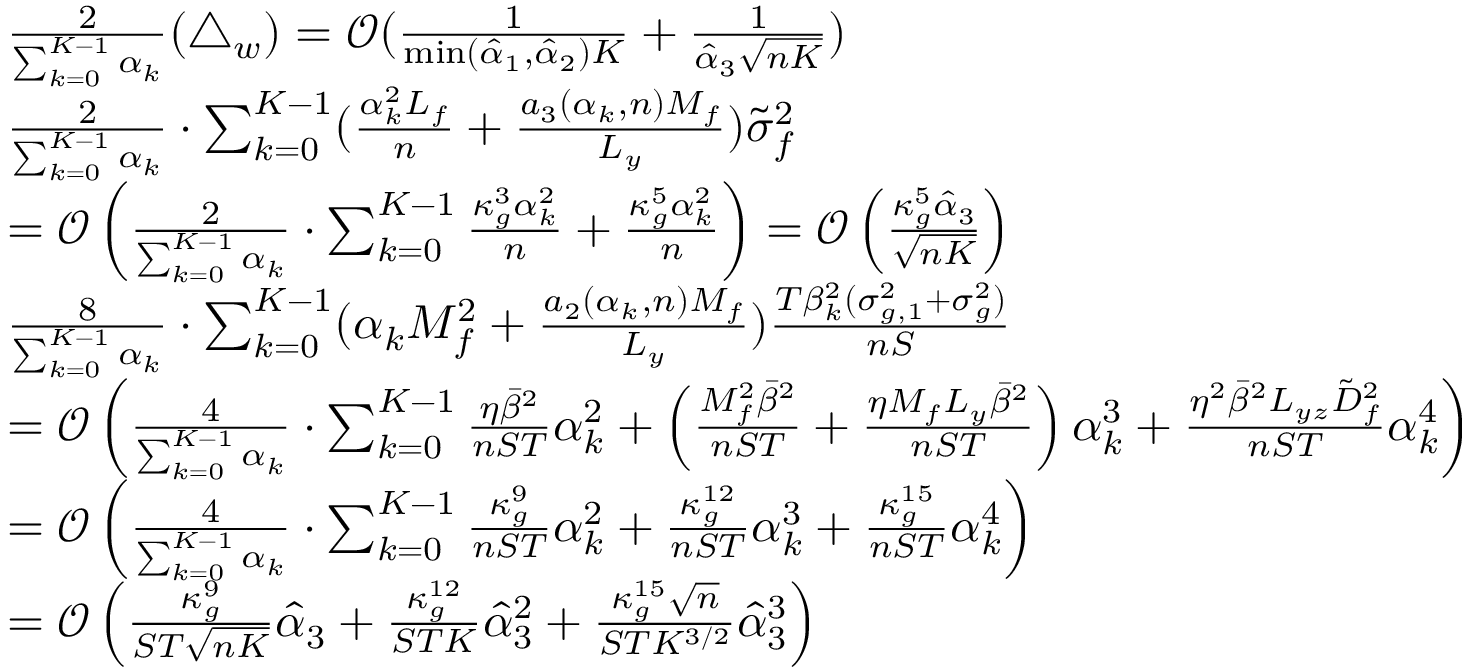
\begin{array} { r l } & { \frac { 2 } { \sum _ { k = 0 } ^ { K - 1 } \alpha _ { k } } ( \triangle _ { w } ) = \mathcal { O } ( \frac { 1 } { \operatorname* { m i n } ( \hat { \alpha } _ { 1 } , \hat { \alpha } _ { 2 } ) K } + { \frac { 1 } { \hat { \alpha } _ { 3 } \sqrt { n K } } } ) } \\ & { \frac { 2 } { \sum _ { k = 0 } ^ { K - 1 } \alpha _ { k } } \cdot \sum _ { k = 0 } ^ { K - 1 } ( \frac { \alpha _ { k } ^ { 2 } L _ { f } } { n } + \frac { a _ { 3 } ( \alpha _ { k } , n ) M _ { f } } { L _ { y } } ) \tilde { \sigma } _ { f } ^ { 2 } } \\ & { = \mathcal { O } \left( \frac { 2 } { \sum _ { k = 0 } ^ { K - 1 } \alpha _ { k } } \cdot \sum _ { k = 0 } ^ { K - 1 } \frac { \kappa _ { g } ^ { 3 } \alpha _ { k } ^ { 2 } } { n } + \frac { \kappa _ { g } ^ { 5 } \alpha _ { k } ^ { 2 } } { n } \right) = \mathcal { O } \left( \frac { \kappa _ { g } ^ { 5 } \hat { \alpha } _ { 3 } } { \sqrt { n K } } \right) } \\ & { \frac { 8 } { \sum _ { k = 0 } ^ { K - 1 } \alpha _ { k } } \cdot \sum _ { k = 0 } ^ { K - 1 } ( \alpha _ { k } M _ { f } ^ { 2 } + \frac { a _ { 2 } ( \alpha _ { k } , n ) M _ { f } } { L _ { y } } ) \frac { T \beta _ { k } ^ { 2 } ( \sigma _ { g , 1 } ^ { 2 } + \sigma _ { g } ^ { 2 } ) } { { n S } } } \\ & { = \mathcal { O } \left( \frac { 4 } { \sum _ { k = 0 } ^ { K - 1 } \alpha _ { k } } \cdot \sum _ { k = 0 } ^ { K - 1 } \frac { \eta \bar { \beta } ^ { 2 } } { n S T } \alpha _ { k } ^ { 2 } + \left( \frac { M _ { f } ^ { 2 } \bar { \beta } ^ { 2 } } { n S T } + \frac { \eta M _ { f } L _ { y } \bar { \beta } ^ { 2 } } { n S T } \right) \alpha _ { k } ^ { 3 } + \frac { \eta ^ { 2 } \bar { \beta } ^ { 2 } L _ { y z } \tilde { D } _ { f } ^ { 2 } } { n S T } \alpha _ { k } ^ { 4 } \right) } \\ & { = \mathcal { O } \left( \frac { 4 } { \sum _ { k = 0 } ^ { K - 1 } \alpha _ { k } } \cdot \sum _ { k = 0 } ^ { K - 1 } \frac { \kappa _ { g } ^ { 9 } } { n S T } \alpha _ { k } ^ { 2 } + \frac { \kappa _ { g } ^ { 1 2 } } { n S T } \alpha _ { k } ^ { 3 } + \frac { \kappa _ { g } ^ { 1 5 } } { n S T } \alpha _ { k } ^ { 4 } \right) } \\ & { = \mathcal { O } \left( \frac { \kappa _ { g } ^ { 9 } } { S T \sqrt { n K } } \hat { \alpha } _ { 3 } + \frac { \kappa _ { g } ^ { 1 2 } } { S T K } \hat { \alpha } _ { 3 } ^ { 2 } + \frac { \kappa _ { g } ^ { 1 5 } \sqrt { n } } { S T K ^ { 3 / 2 } } \hat { \alpha } _ { 3 } ^ { 3 } \right) } \end{array}